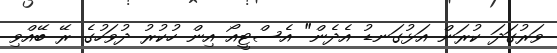
ވަރުގަދަ ކުރަން އަޅުގަނޑު އެދެން" އެސްޓީއޯ އިން ހުކުރު ދުވަހުގެ ރޭ ބޭއްވި